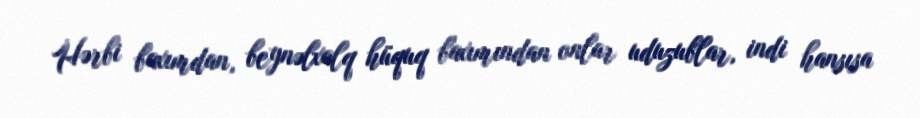
Hərbi baxımdan, beynəlxalq hüquq baxımından onlar uduzublar, indi hansısa